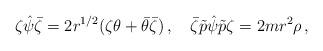
LaTeX: \begin{align*}\zeta\hat\psi\bar\zeta = 2r^{1/2}(\zeta\theta +\bar\theta \bar\zeta ) \, , \quad\bar\zeta\tilde p\hat\psi\tilde p\zeta = 2mr^2 \rho \, ,\end{align*}